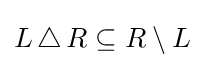
L\,\triangle \,R\subseteq R\setminus L